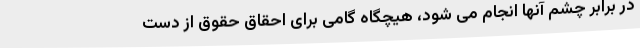
در برابر چشم آنها انجام می شود، هیچگاه گامی برای احقاق حقوق از دست